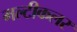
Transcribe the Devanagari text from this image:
मल्टीकलर